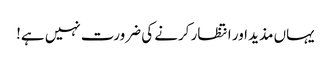
یہاں مذید اور انتظار کرنے کی ضرورت نہیں ہے!